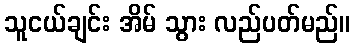
သူငယ်ချင်း အိမ် သွား လည်ပတ်မည်။